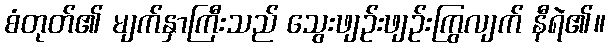
စံတုတ်၏ မျက်နှာကြီးသည် သွေးဖျဉ်းဖျဉ်းကြွလျက် နီရဲ၏။